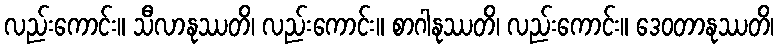
လည်းကောင်း။ သီလာနုဿတိ၊ လည်းကောင်း။ စာဂါနုဿတိ၊ လည်းကောင်း။ ဒေဝတာနုဿတိ၊